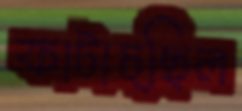
ফাটাচ্ছিল